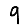
Digit: 9